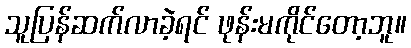
သူပြန်ဆက်လာခဲ့ရင် ဖုန်းမကိုင်တော့ဘူ။